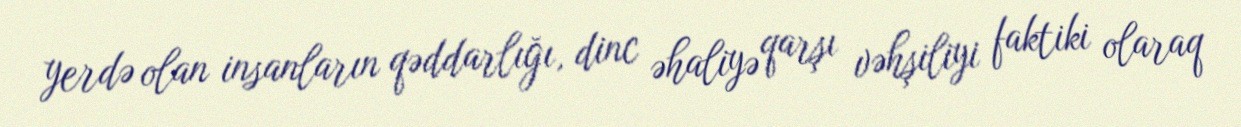
yerdə olan insanların qəddarlığı, dinc əhaliyə qarşı vəhşiliyi faktiki olaraq